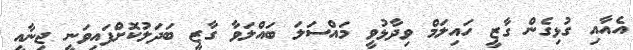
އެއާއި ގުޅިގެން ގާޒީ ހައިލަމް ވިދާޅުވީ މައްސަލަ ބައްލަވާ ގާޒީ ބަދަލުކޮށްފައިވަނީ ޖިނާއީ